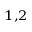
^ { 1 , 2 }